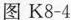
图K8-4